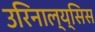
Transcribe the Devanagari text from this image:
उरिनाल्य्सिस